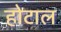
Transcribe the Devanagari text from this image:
होटाल